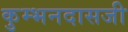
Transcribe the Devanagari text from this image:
कुम्भनदासजी